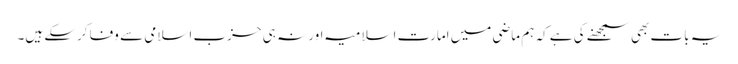
یہ بات بھی سمجھنے کی ہے کہ ہم ماضی میں امارتِ اسلامیہ اور نہ ہی حزبِ اسلامی سے وفا کرسکے ہیں۔